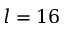
l = 1 6